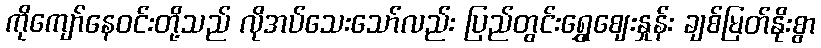
ကိုကျော်နေဝင်းတို့သည် လိုအပ်သေးသော်လည်း ပြည်တွင်းရွှေဈေးနှုန်း ချစ်မြတ်နိုးစွာ